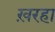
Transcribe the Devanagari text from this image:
ख़रहा